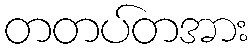
တတပ်တအား